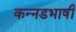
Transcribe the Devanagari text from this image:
कन्नडभाषी